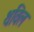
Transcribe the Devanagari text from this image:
थविल